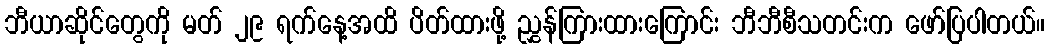
ဘီယာဆိုင်တွေကို မတ် ၂၉ ရက်နေ့အထိ ပိတ်ထားဖို့ ညွှန်ကြားထားကြောင်း ဘီဘီစီသတင်းက ဖော်ပြပါတယ်။